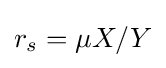
r_{s}=\mu X/Y